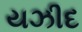
યઝીદ